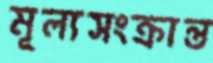
মূল্যসংক্রান্ত